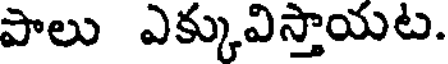
పాలు ఎక్కువిస్తాయట.